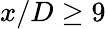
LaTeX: x/D\ge 9